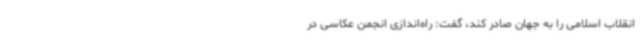
انقلاب اسلامی را به جهان صادر کند، گفت: راه‌اندازی انجمن عکاسی در